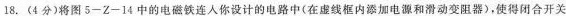
18.(4分)将图5-Z-14中的电磁铁连入你设计的电路中(在虚线框内添加电源和滑动变阻器)，使得闭合开关